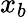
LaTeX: x_{b}